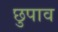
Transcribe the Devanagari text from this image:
छुपाव